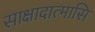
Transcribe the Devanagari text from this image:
साक्षादात्मासि